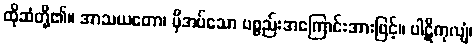
ထိုဆံတို့၏။ အာသယတော၊ မှီအပ်သော ပစ္စည်းအကြောင်းအားဖြင့်။ ပါဋိကုလျံ၊